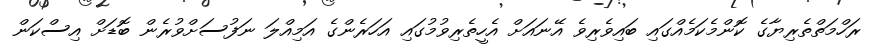
ރަހްމަތްތެރިޔާގެ ކޮންމެކަމެއްގައި ބައިވެރިވެ އޭނައަށް އެހީތެރިވުމުގައި އަހަރެންގެ އަމިއްލަ ނަފުސަށްވުރެން ބޮޑަށް އިސްކަން